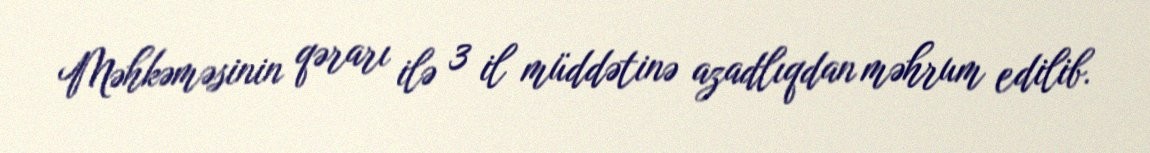
Məhkəməsinin qərarı ilə 3 il müddətinə azadlıqdan məhrum edilib.